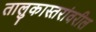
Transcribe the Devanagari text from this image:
तालुकास्तरांवरील